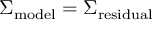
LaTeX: \Sigma _ { \mathrm { m o d e l } } = \Sigma _ { \mathrm { r e s i d u a l } }